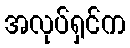
အလုပ်ရှင်က